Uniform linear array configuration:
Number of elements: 8
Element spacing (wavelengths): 0.5
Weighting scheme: cosine
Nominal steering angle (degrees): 0
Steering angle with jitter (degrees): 0.5715
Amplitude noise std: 0.05
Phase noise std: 0.05

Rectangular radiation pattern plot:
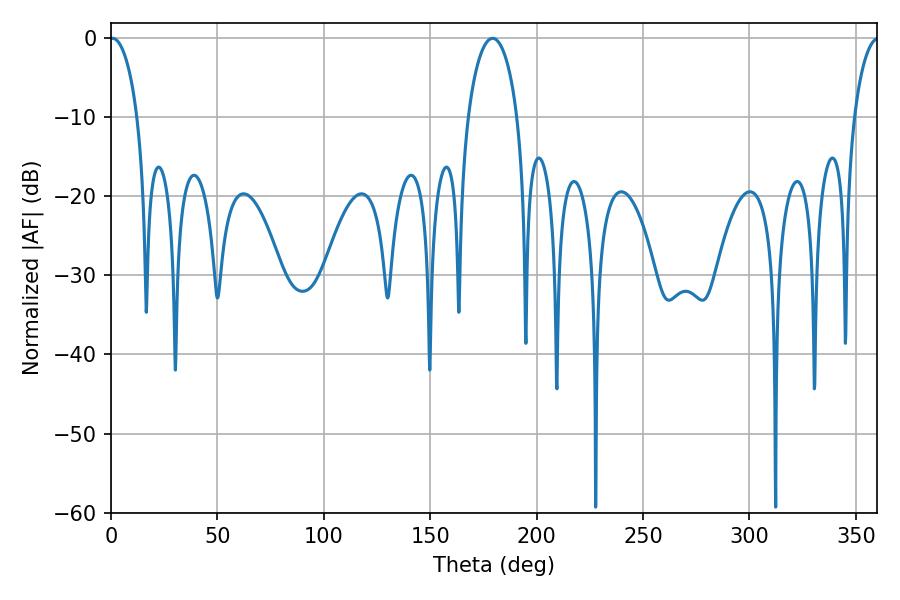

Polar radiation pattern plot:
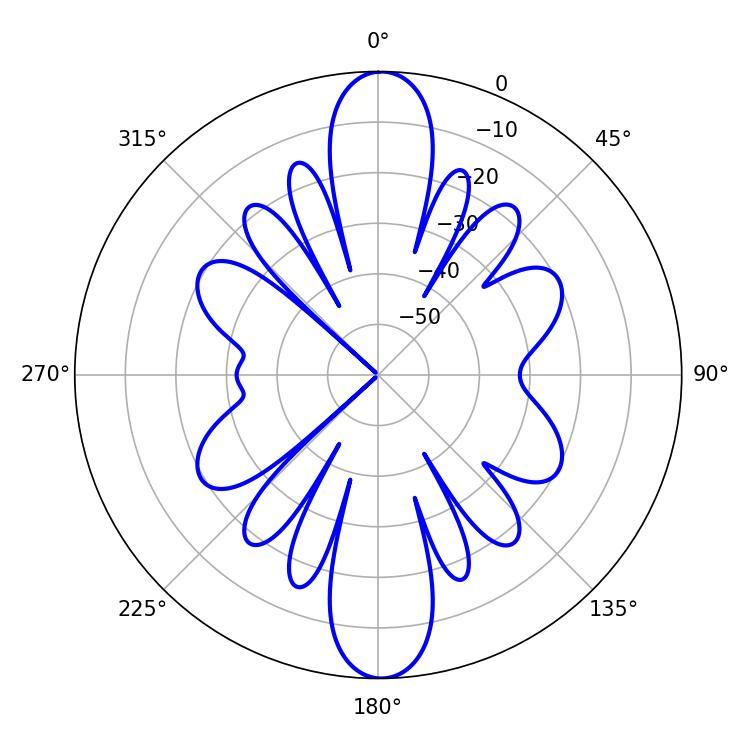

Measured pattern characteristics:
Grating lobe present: FALSE
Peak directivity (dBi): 24.706
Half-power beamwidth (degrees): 7.38
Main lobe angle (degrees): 0.72